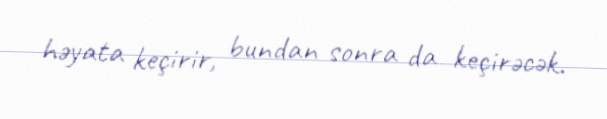
həyata keçirir, bundan sonra da keçirəcək.